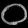
Digit: ၀